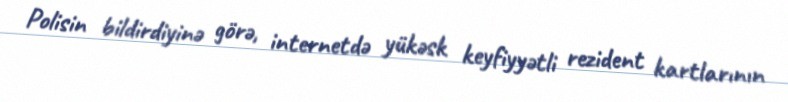
Polisin bildirdiyinə görə, internetdə yükəsk keyfiyyətli rezident kartlarının